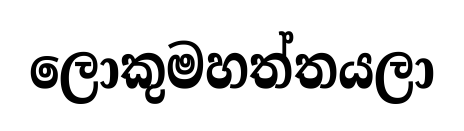
ලොකුමහත්තයලා